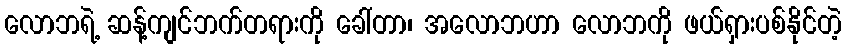
လောဘရဲ့ ဆန့်ကျင်ဘက်တရားကို ခေါ်တာ၊ အလောဘဟာ လောဘကို ဖယ်ရှားပစ်နိုင်တဲ့